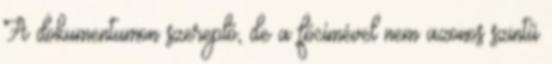
A dokumentumon szereplő, de a főcímével nem azonos szintű